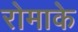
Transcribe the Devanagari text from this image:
रोमाके